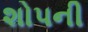
શોપની